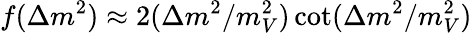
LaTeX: f(\Delta m^{2})\approx 2(\Delta m^{2}/m_{V}^{2})\cot(\Delta m^{2}/m_{V}^{2})